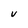
Character: v